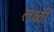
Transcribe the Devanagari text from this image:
तळीं